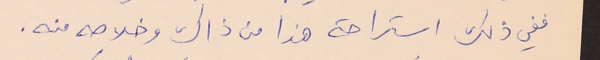
ففي ذلك استراحة هذا من ذاك وخلاصه منه.